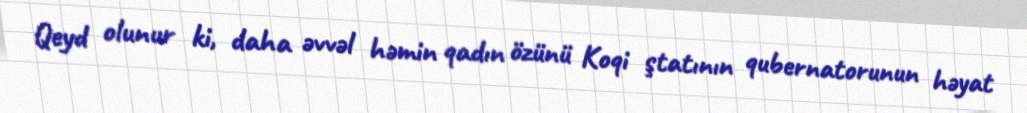
Qeyd olunur ki, daha əvvəl həmin qadın özünü Koqi ştatının qubernatorunun həyat